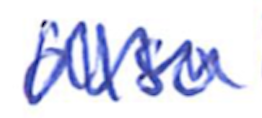
Text: also
Cross-out: zig-zag
Writing tool: ballpoint